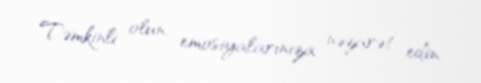
Təmkinli olun, emosiyalarınıza nəzarət edin.